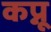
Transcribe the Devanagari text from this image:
कप्नू